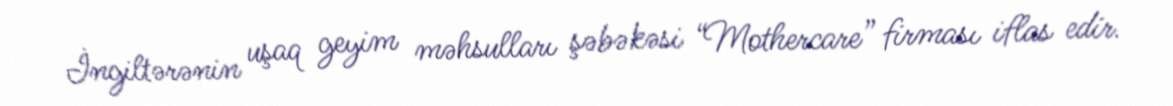
İngiltərənin uşaq geyim məhsulları şəbəkəsi “Mothercare” firması iflas edir.